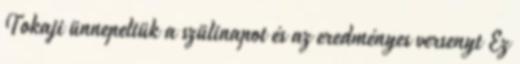
Tokaji ünnepeltük a szülinapot és az eredményes versenyt Ez